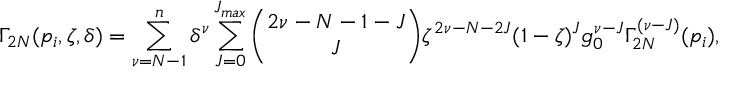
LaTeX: \Gamma _ { 2 N } ( p _ { i } , \zeta , \delta ) = \sum _ { \nu = N - 1 } ^ { n } \delta ^ { \nu } \sum _ { J = 0 } ^ { J _ { m a x } } { \binom { 2 \nu - N - 1 - J } { J } } \zeta ^ { 2 \nu - N - 2 J } ( 1 - \zeta ) ^ { J } g _ { 0 } ^ { \nu - J } \Gamma _ { 2 N } ^ { ( \nu - J ) } ( p _ { i } ) ,